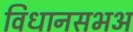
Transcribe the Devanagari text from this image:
विधानसभअ